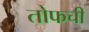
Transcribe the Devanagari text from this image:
तोफची